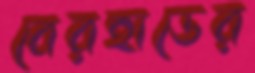
বেরহাডের